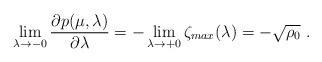
LaTeX: \begin{align*}\lim_{\lambda \to -0} \frac{\partial p(\mu,\lambda)}{\partial \lambda}= -\lim_{\lambda \to +0} \zeta_{max}(\lambda)= -\sqrt{\rho_{0}} \ .\end{align*}